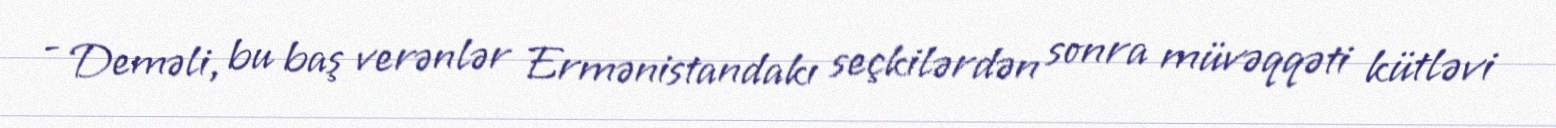
- Deməli, bu baş verənlər Ermənistandakı seçkilərdən sonra müvəqqəti kütləvi